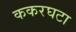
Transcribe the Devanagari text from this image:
ककरघटा